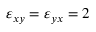
\varepsilon _ { x y } = \varepsilon _ { y x } = 2